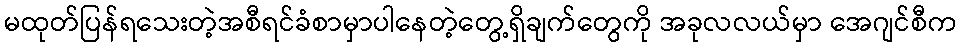
မထုတ်ပြန်ရသေးတဲ့အစီရင်ခံစာမှာပါနေတဲ့တွေ့ရှိချက်တွေကို အခုလလယ်မှာ အေဂျင်စီက